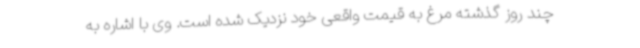
چند روز گذشته مرغ به قیمت واقعی خود نزدیک شده است. وی با اشاره به